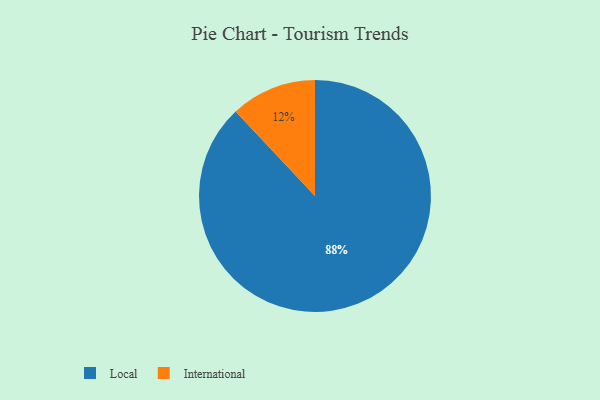
{"axis": {"x": "Category", "y": "Percentage"}, "legend": ["International", "Local"], "data": [{"x": "International", "y": 12, "type": "International"}, {"x": "Local", "y": 88, "type": "Local"}]}